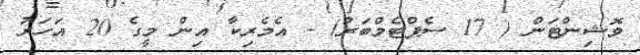
ވޮޝިންޓަން ( 17 ސެޕްޓެމްބަރު) - އެމެރިކާ އިން މީގެ 20 އަހަރު